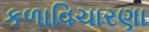
કળાવિચારણા